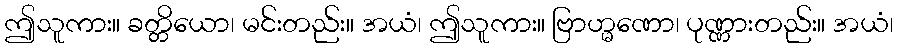
ဤသူကား။ ခတ္တိယော၊ မင်းတည်း။ အယံ၊ ဤသူကား။ ဗြာဟ္မဏော၊ ပုဏ္ဏားတည်း။ အယံ၊